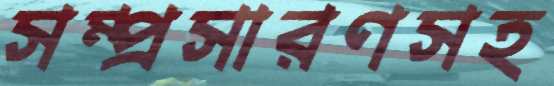
সম্প্রসারণসহ